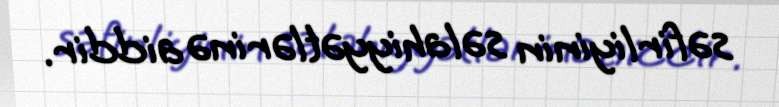
səfirliyinin səlahiyyətlərinə aiddir.